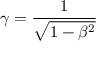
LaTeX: \gamma = { \frac { 1 } { \sqrt { 1 - \beta ^ { 2 } } } }